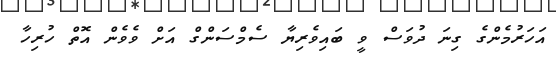
އަހަރުމެންގެ ގިނަ ދުވަސް ވީ ބައިވެރިޔާ ސެމްސަންގް އަށް ވެވެން އޮތް ހުރިހާ